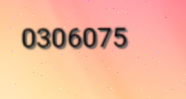
0306075